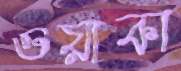
ওয়াকা